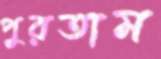
পুরতাম